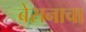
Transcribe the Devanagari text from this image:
बेसनाचा